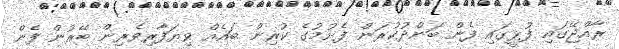
ރާއްޖޭގައި ފުޅީގައި ފެން ބަންދުކުރަން ފެށުމުގެ ކުރިން ބައެއް ވިޔަފާރިވެރިން ބޭރުން ފެން